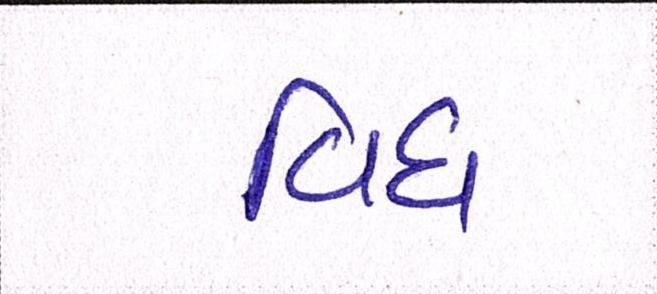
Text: વિધ